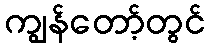
ကျွန်တော့်တွင်